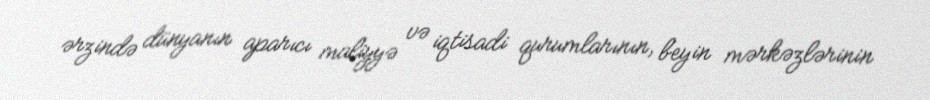
ərzində dünyanın aparıcı maliyyə və iqtisadi qurumlarının, beyin mərkəzlərinin